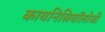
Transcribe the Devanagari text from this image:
कायनिसियॉलोजी